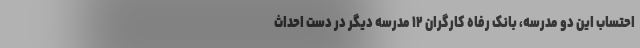
احتساب این دو مدرسه، بانک رفاه کارگران ۱۲ مدرسه دیگر در دست احداث